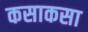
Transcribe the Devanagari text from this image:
कसाकसा